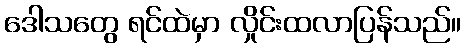
ဒေါသတွေ ရင်ထဲမှာ လှိုင်းထလာပြန်သည်။